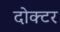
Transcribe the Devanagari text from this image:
दोक्टर